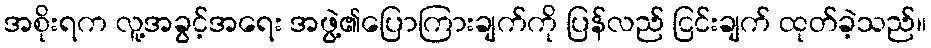
အစိုးရက လူ့အခွင့်အရေး အဖွဲ့၏ပြောကြားချက်ကို ပြန်လည် ငြင်းချက် ထုတ်ခဲ့သည်။